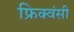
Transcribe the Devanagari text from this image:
फ्रिक्वंसी